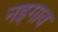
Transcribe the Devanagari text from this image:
नइगाव